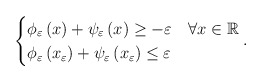
\begin{align*}\begin{cases}\phi_\varepsilon \left(x\right)+\psi_\varepsilon \left(x\right)\geq -\varepsilon & \forall x\in\mathbb{R}\\\phi_\varepsilon \left(x_\varepsilon\right)+\psi_\varepsilon \left(x_\varepsilon\right)\leq \varepsilon\end{cases}.\end{align*}